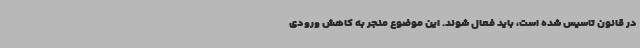
در قانون تاسیس شده است، باید فعال شوند. این موضوع منجر به کاهش ورودی